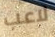
لاعب